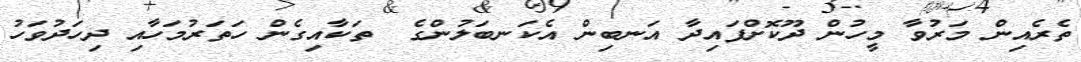
ތެރެއިން މަރުވާ މީހުން ދޫކޮށްފައިދާ އަނބިން އެކަނބަލުންގެ  ތަކާއިގެން ހަތަރުމަހާއި ދިހަދުވަހު